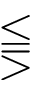
\lesseqqgtr